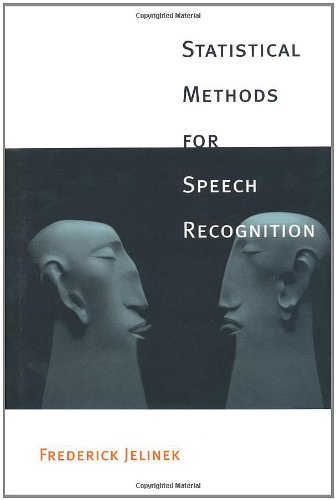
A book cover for Statistical Methods for Speech Recognition (Language, Speech, and Communication); Frederick Jelinek; Computers & Technology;